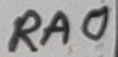
Text: RA0